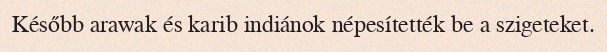
Később arawak és karib indiánok népesítették be a szigeteket.